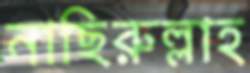
নাছিরুল্লাহ